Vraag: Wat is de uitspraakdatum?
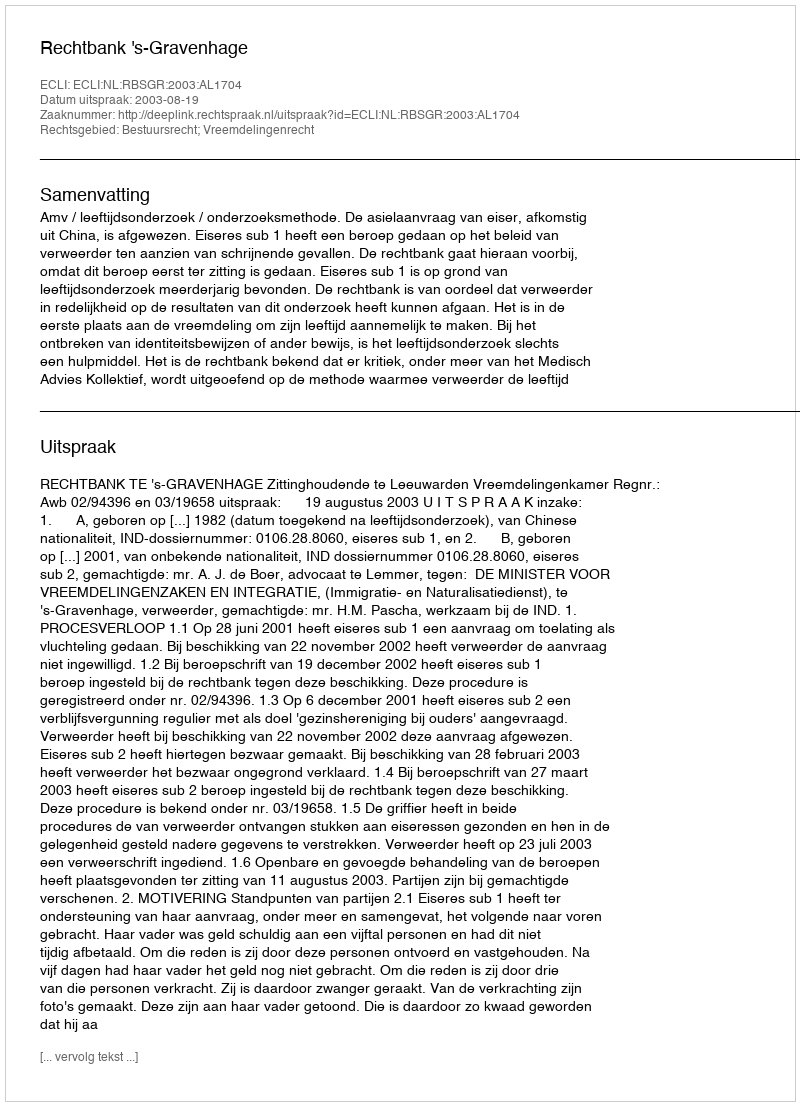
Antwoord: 2003-08-19